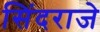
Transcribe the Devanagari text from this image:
सिंदराजे